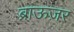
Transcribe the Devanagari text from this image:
ब्राऊज़र